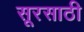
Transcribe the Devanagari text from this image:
सूरसाठी